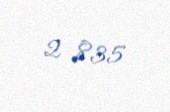
2 835